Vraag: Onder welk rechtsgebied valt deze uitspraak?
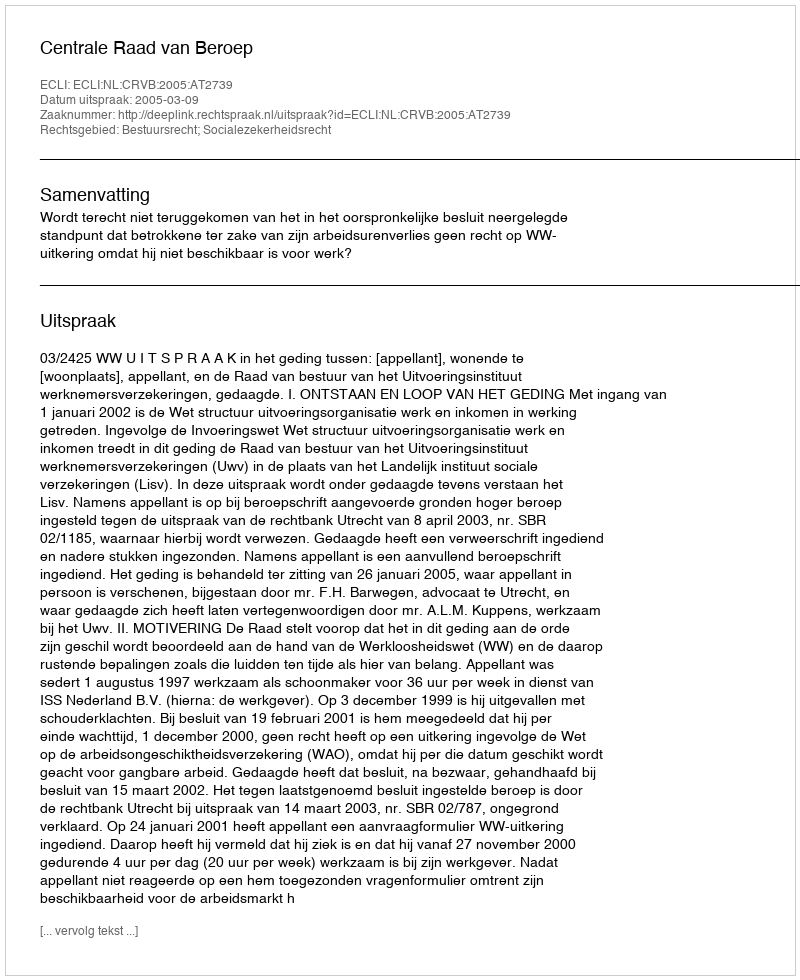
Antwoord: Bestuursrecht; Socialezekerheidsrecht